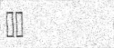
٢٦